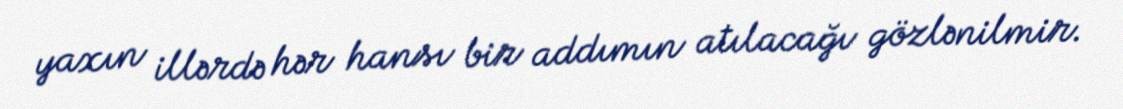
yaxın illərdə hər hansı bir addımın atılacağı gözlənilmir.